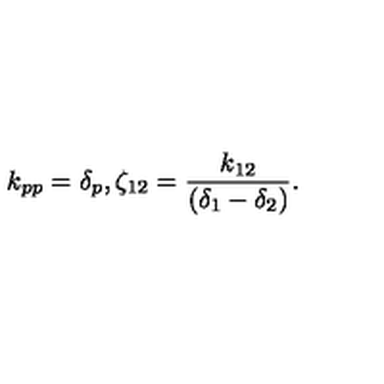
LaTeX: k _ { p p } = \delta _ { p } , \zeta _ { 1 2 } = \frac { k _ { 1 2 } } { ( \delta _ { 1 } - \delta _ { 2 } ) } .